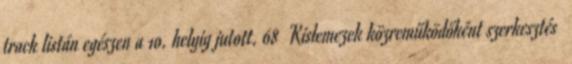
track listán egészen a 10. helyig jutott. 68 Kislemezek közreműködőként szerkesztés